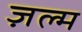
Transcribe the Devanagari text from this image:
ज़ल्म